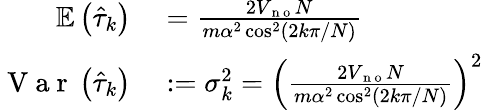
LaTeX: \begin{array}{rl}{\mathbb{E}\left(\hat{\tau}_{k}\right)}&{{}=\frac{2V_{\mathrm{~n~o~}}N}{m\alpha^{2}\cos^{2}\left(2k\pi/N\right)}}\\ {\mathrm{~V~a~r~}\left(\hat{\tau}_{k}\right)}&{{}:=\sigma_{k}^{2}=\left(\frac{2V_{\mathrm{~n~o~}}N}{m\alpha^{2}\cos^{2}\left(2k\pi/N\right)}\right)^{2}}\end{array}